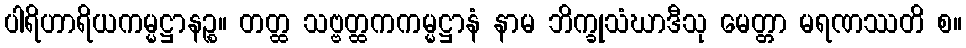
ပါရိဟာရိယကမ္မဋ္ဌာနဉ္စ။ တတ္ထ သဗ္ဗတ္ထကကမ္မဋ္ဌာနံ နာမ ဘိက္ခုသံဃာဒီသု မေတ္တာ မရဏဿတိ စ။